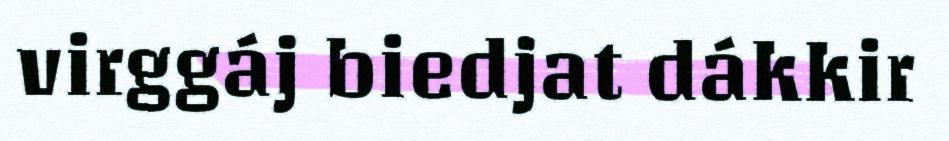
virggáj biedjat dákkir